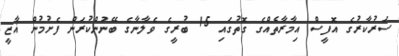
ސަރުކާރުގެ އޮފީސް އިމާރާތެއްގެ ގޮތުގައި 15 ބުރީގެ ވެލާނާގެ ބޭނުންކުރަން ފެށުމުން ޣާޒީ